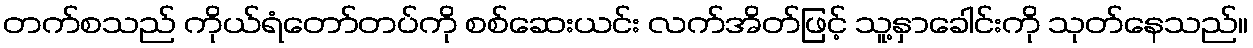
တက်စသည် ကိုယ်ရံတော်တပ်ကို စစ်ဆေးယင်း လက်အိတ်ဖြင့် သူ့နှာခေါင်းကို သုတ်နေသည်။